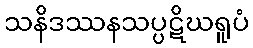
သနိဒဿနသပ္ပဋိဃရူပံ